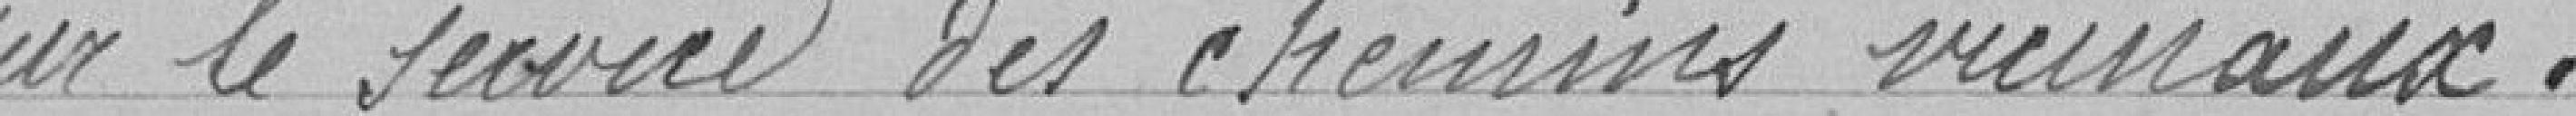
sur le service des chemins vicinaux.